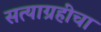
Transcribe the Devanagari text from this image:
सत्याग्रहींचा